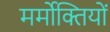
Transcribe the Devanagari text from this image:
मर्मोक्तियों